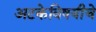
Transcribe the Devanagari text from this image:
अटकेविषयीचे